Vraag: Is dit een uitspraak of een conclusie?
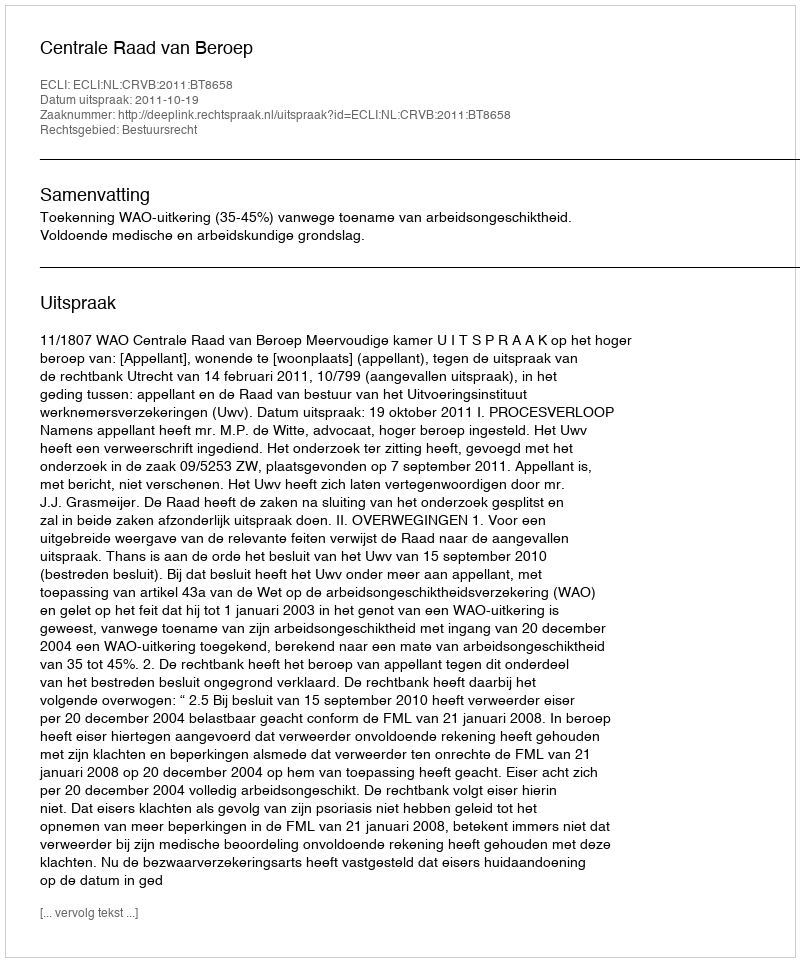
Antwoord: Uitspraak